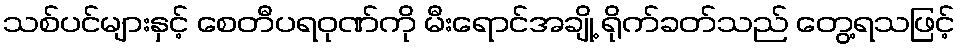
သစ်ပင်များနှင့် စေတီပရဝုဏ်ကို မီးရောင်အချို့ ရိုက်ခတ်သည် တွေ့ရသဖြင့်